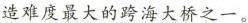
造难度最大的跨海大桥之一。